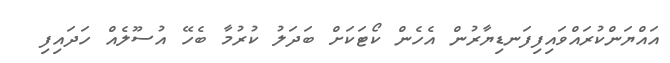
އައްޔަންކުރައްވައިފިފަނޑިޔާރުން އެހެން ކޯޓަކަށް ބަދަލު ކުރުމާ ބެހޭ އުސޫލެއް ހަދައިފި